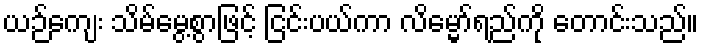
ယဉ်ကျေး သိမ်မွေ့စွာဖြင့် ငြင်းပယ်ကာ လိမ္မော်ရည်ကို တောင်းသည်။